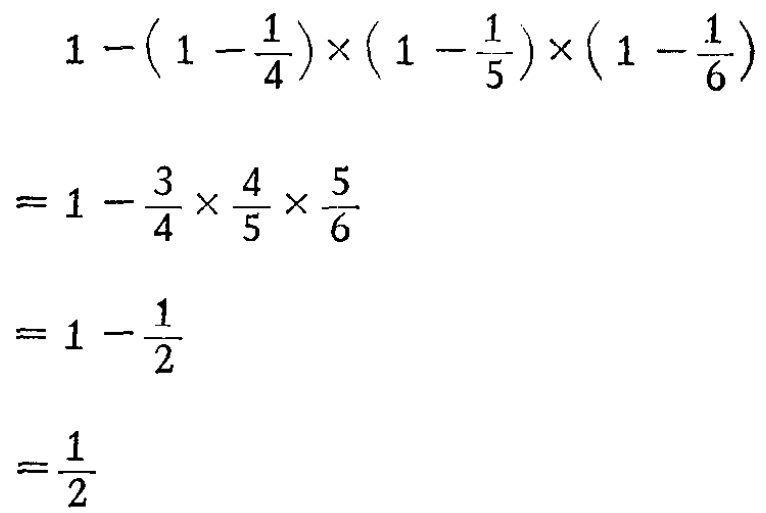
\[

\begin{align*}

&1 - (1-\frac{1}{4})\times(1 - \frac{1}{5})\times(1-\frac{1}{6})\\

=&1-\frac{3}{4}\times\frac{4}{5}\times\frac{5}{6}\\

=&1-\frac{1}{2}\\

=&\frac{1}{2}

\end{align*}

\]